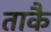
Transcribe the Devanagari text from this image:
ताकै